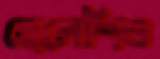
ছেলেশিশু